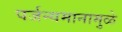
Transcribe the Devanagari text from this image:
पर्जन्यमानामुळे